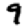
Digit: 9